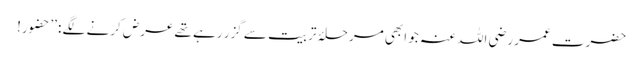
حضرت عمر رضی اللہ عنہ جو ابھی مرحلۂ تربیت سے گزر رہے تھے عرض کرنے لگے : ’’حضور!